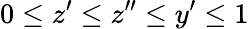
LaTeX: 0\leq z^{\prime}\leq z^{\prime\prime}\leq y^{\prime}\leq 1